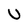
Character: U